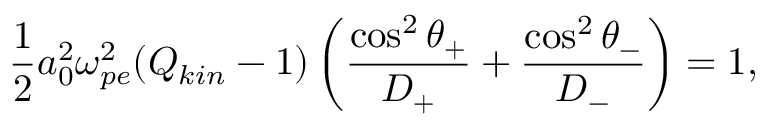
\frac { 1 } { 2 } a _ { 0 } ^ { 2 } \omega _ { p e } ^ { 2 } ( Q _ { k i n } - 1 ) \left( \frac { \cos ^ { 2 } \theta _ { + } } { D _ { + } } + \frac { \cos ^ { 2 } \theta _ { - } } { D _ { - } } \right) = 1 ,